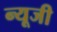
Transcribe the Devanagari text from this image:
न्यूजी